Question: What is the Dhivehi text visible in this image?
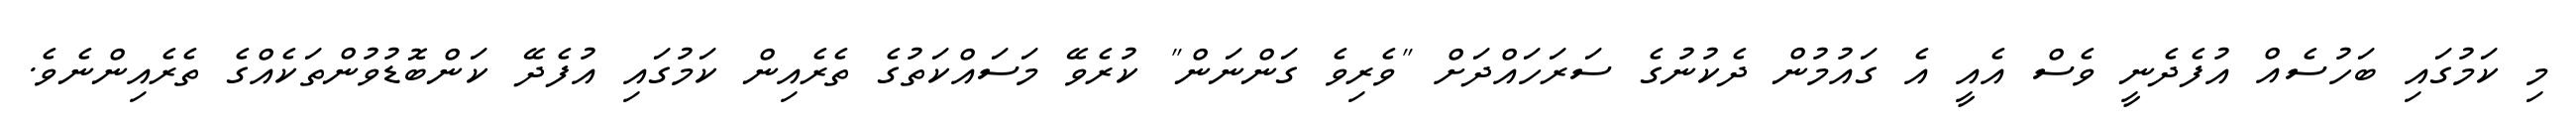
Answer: މި ކަމުގައި ބަހުސެއް އުފެދެނީ ވެސް އެއީ އެ ގައުމުން ދެކުނުގެ ސަރަހައްދަށް "ވެރިވެ ގަންނަން" ކުރެވޭ މަސައްކަތުގެ ތެރެއިން ކަމުގައި އުފެދޭ ކަންބޮޑުވުންތަކެއްގެ ތެރެއިންނެވެ.